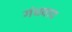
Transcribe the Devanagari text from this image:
गंधवाद